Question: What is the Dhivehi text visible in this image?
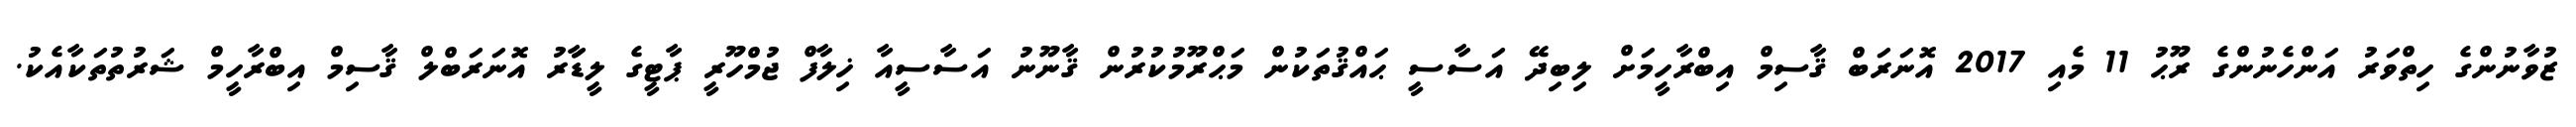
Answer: ޒުވާނުންގެ ހިތްވަރު އަންހެނުންގެ ރޫޙު 11 މެއި 2017 އޮނަރަބް ޤާސިމް އިބްރާހީމަށް ލިބިދޭ އަސާސީ ޙައްޤުތަކުން މަޙްރޫމުކުރުން ޤާނޫނު އަސާސީއާ ޚިލާފް ޖުމްހޫރީ ޕާޓީގެ ލީޑާަރު އޮނަރަބްލް ޤާސިމް އިބްރާހީމް ޝަރުތުތަކާއެކު.